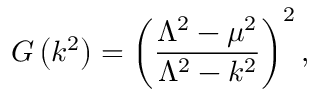
G \left( k ^ { 2 } \right) = \left( \frac { \Lambda ^ { 2 } - \mu ^ { 2 } } { \Lambda ^ { 2 } - k ^ { 2 } } \right) ^ { 2 } ,